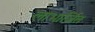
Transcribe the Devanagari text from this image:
लाभार्जित